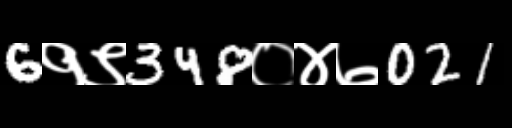
Text: 6१९348०४७021